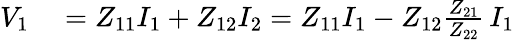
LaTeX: \begin{array}{rl}{V_{1}}&{{}=Z_{11}I_{1}+Z_{12}I_{2}=Z_{11}I_{1}-Z_{12}{\frac{Z_{21}}{Z_{22}}}\, I_{1}}\end{array}